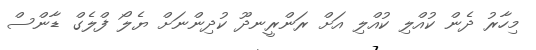
މިހާރު ދެން ކުއްލި ކުއްލި އަށް ރަންރީނދޫ ކުދިންނަށް ޔެލޯ ފްލެގް ޑާންސް